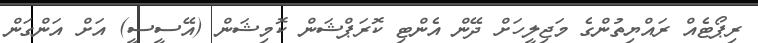
ރިޕޯޓެއް ރައްޔިތުންގެ މަޖިލީހަށް ދޭން އެންޓި ކޮރަޕްޝަން ކޮމިޝަން (އޭސީސީ) އަށް އަންގަން